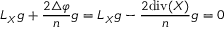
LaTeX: L _ { X } g + { \frac { 2 \triangle \varphi } { n } } g = L _ { X } g - { \frac { 2 \mathrm { d i v } ( X ) } { n } } g = 0